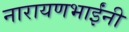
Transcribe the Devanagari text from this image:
नारायणभाईंनी